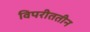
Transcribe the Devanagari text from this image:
विपरीततीन